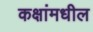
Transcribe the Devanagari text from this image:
कक्षांमधील